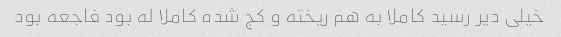
خیلی دیر رسید کاملا به هم ریخته و کج شده کاملا له بود فاجعه بود